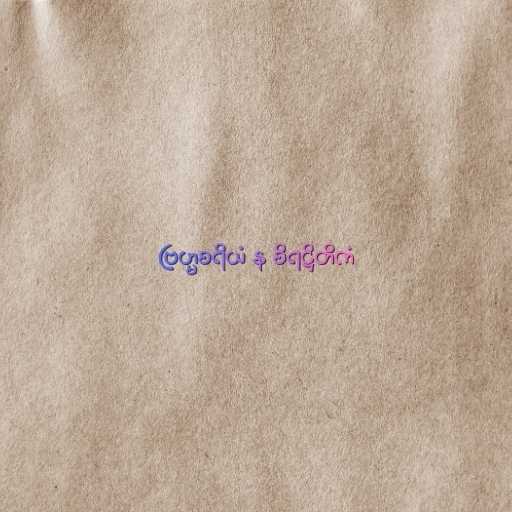
ဗြဟ္မစရိယံ န စိရဋ္ဌိတိကံ